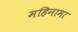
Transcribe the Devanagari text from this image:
महिनामा